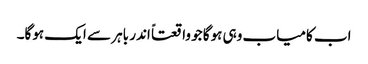
اب کامیاب وہی ہوگا جو واقعتاً اندر باہر سے ایک ہوگا۔